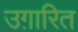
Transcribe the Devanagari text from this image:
उग़ारित